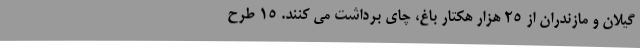
گیلان و مازندران از 25 هزار هکتار باغ، چای برداشت می کنند. 15 طرح